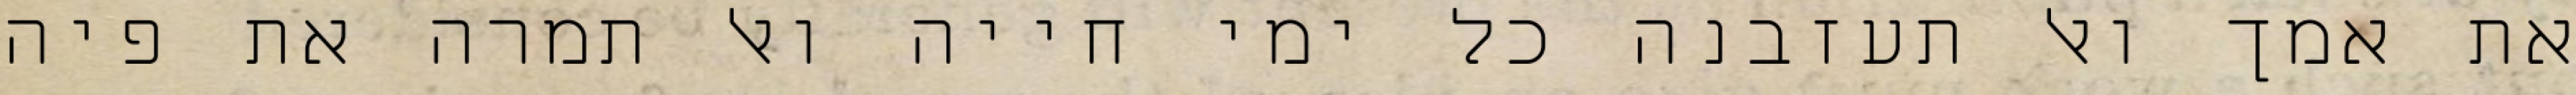
את אמך ואל תעזבנה כל ימי חייה ואל תמרה את פיה